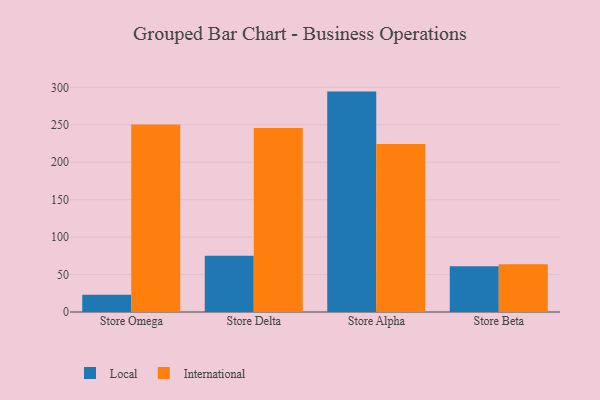
{"axis": {"x": "Store", "y": "Waste Production (Tons)"}, "legend": ["International", "Local"], "data": [{"x": "Store Omega", "y": 23.1, "type": "Local"}, {"x": "Store Omega", "y": 250.5, "type": "International"}, {"x": "Store Delta", "y": 75.0, "type": "Local"}, {"x": "Store Delta", "y": 245.6, "type": "International"}, {"x": "Store Alpha", "y": 294.3, "type": "Local"}, {"x": "Store Alpha", "y": 224.3, "type": "International"}, {"x": "Store Beta", "y": 61.1, "type": "Local"}, {"x": "Store Beta", "y": 63.9, "type": "International"}]}